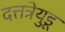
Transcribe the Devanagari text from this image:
दत्तत्रेयुडू